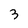
Character: 3